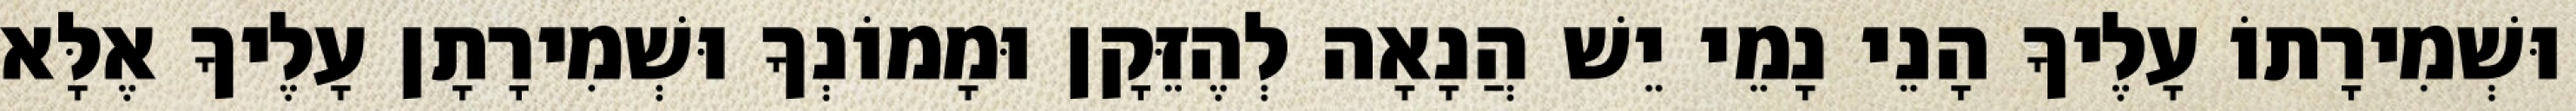
וּשְׁמִירָתוֹ עָלֶיךָ הָנֵי נָמֵי יֵשׁ הֲנָאָה לְהֶזֵּקָן וּמָמוֹנְךָ וּשְׁמִירָתָן עָלֶיךָ אֶלָּא